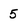
Character: 5